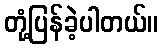
တုံ့ပြန်ခဲ့ပါတယ်။